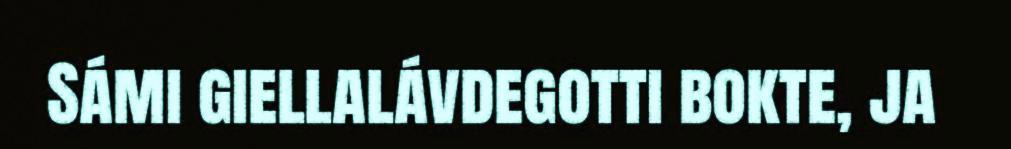
Sámi giellalávdegotti bokte, ja